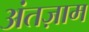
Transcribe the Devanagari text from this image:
अंतज़ाम